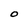
Character: O